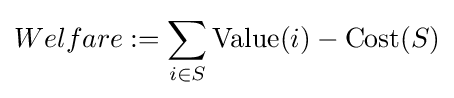
Welfare:=\sum _{i\in S}{\text{Value}}(i)-{\text{Cost}}(S)